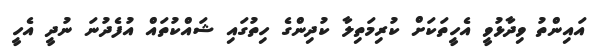
އައިންތު ވިދާޅުވީ އެހީތަކަށް ކުރިމަތިލާ ކުދިންގެ ހިތުގައި ޝައްކުތައް އުފެދުނަ ނުދީ އެހީ